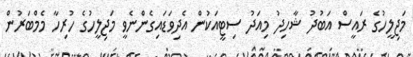
މަޖިލީހުގެ ރައީސް އަބުދު ޝާހިދު މިއަދު ސިޓީއަކުން އެދިވަޑައިގެންނެވީ މަޖިލީހުގެ ހުރިހާ މެމްބަރުން